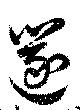
笛